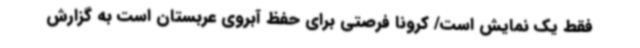
فقط یک نمایش است/ کرونا فرصتی برای حفظ آبروی عربستان است به گزارش